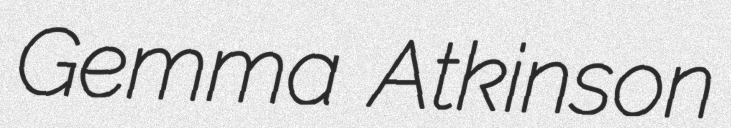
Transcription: Gemma Atkinson